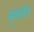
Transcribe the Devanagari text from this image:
मुंजदेव